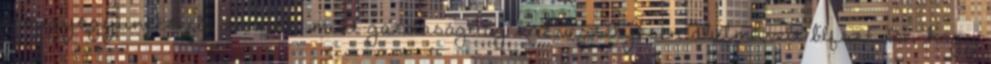
elmegyógyiintézetbe zárnak, mint gazdaságilag közveszélyesen alulművelt blfszt. De, hogy